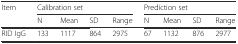
<table><thead><tr><td><b>Item</b></td><td colspan="4"><b>Calibration set</b></td><td colspan="4"><b>Prediction set</b></td></tr><tr><td></td><td><b>N</b></td><td><b>Mean</b></td><td><b>SD</b></td><td><b>Range</b></td><td><b>N</b></td><td><b>Mean</b></td><td><b>SD</b></td><td><b>Range</b></td></tr></thead><tbody><tr><td>RID IgG</td><td>133</td><td>1117</td><td>864</td><td>2975</td><td>67</td><td>1132</td><td>876</td><td>2977</td></tr></tbody></table>